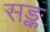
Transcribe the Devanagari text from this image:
सङ्क